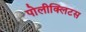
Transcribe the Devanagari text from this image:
पोलीक्लिटस